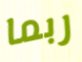
ربما